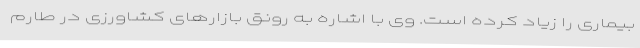
بیماری را زیاد کرده است. وی با اشاره به رونق بازارهای کشاورزی در طارم